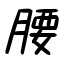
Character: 腰